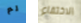
لم الاختفاء